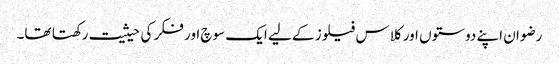
رضوان اپنے دوستوں اور کلاس فیلوز کے لیے ایک سوچ اور فکر کی حیثیت رکھتا تھا۔